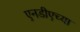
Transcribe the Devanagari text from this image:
एनडीएच्या